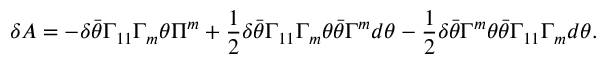
\delta A = - \delta \bar { \theta } \Gamma _ { 1 1 } \Gamma _ { m } \theta \Pi ^ { m } + { \frac { 1 } { 2 } } \delta \bar { \theta } \Gamma _ { 1 1 } \Gamma _ { m } \theta \bar { \theta } \Gamma ^ { m } d \theta - { \frac { 1 } { 2 } } \delta \bar { \theta } \Gamma ^ { m } \theta \bar { \theta } \Gamma _ { 1 1 } \Gamma _ { m } d \theta .